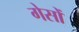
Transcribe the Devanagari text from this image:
गेसों